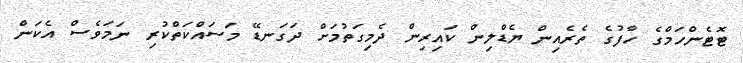
ޓޮޓެންހަމްގެ ހާފުގެ ތެރެއިން ޔެޑްލިން ކައިރިން ދެމިގަތުމަށް ދަގަނޑޭ މަސައްކަތްކުރި ނަމަވެސް އެކަން